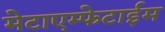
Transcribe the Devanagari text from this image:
मेटाएम्फेटाईम